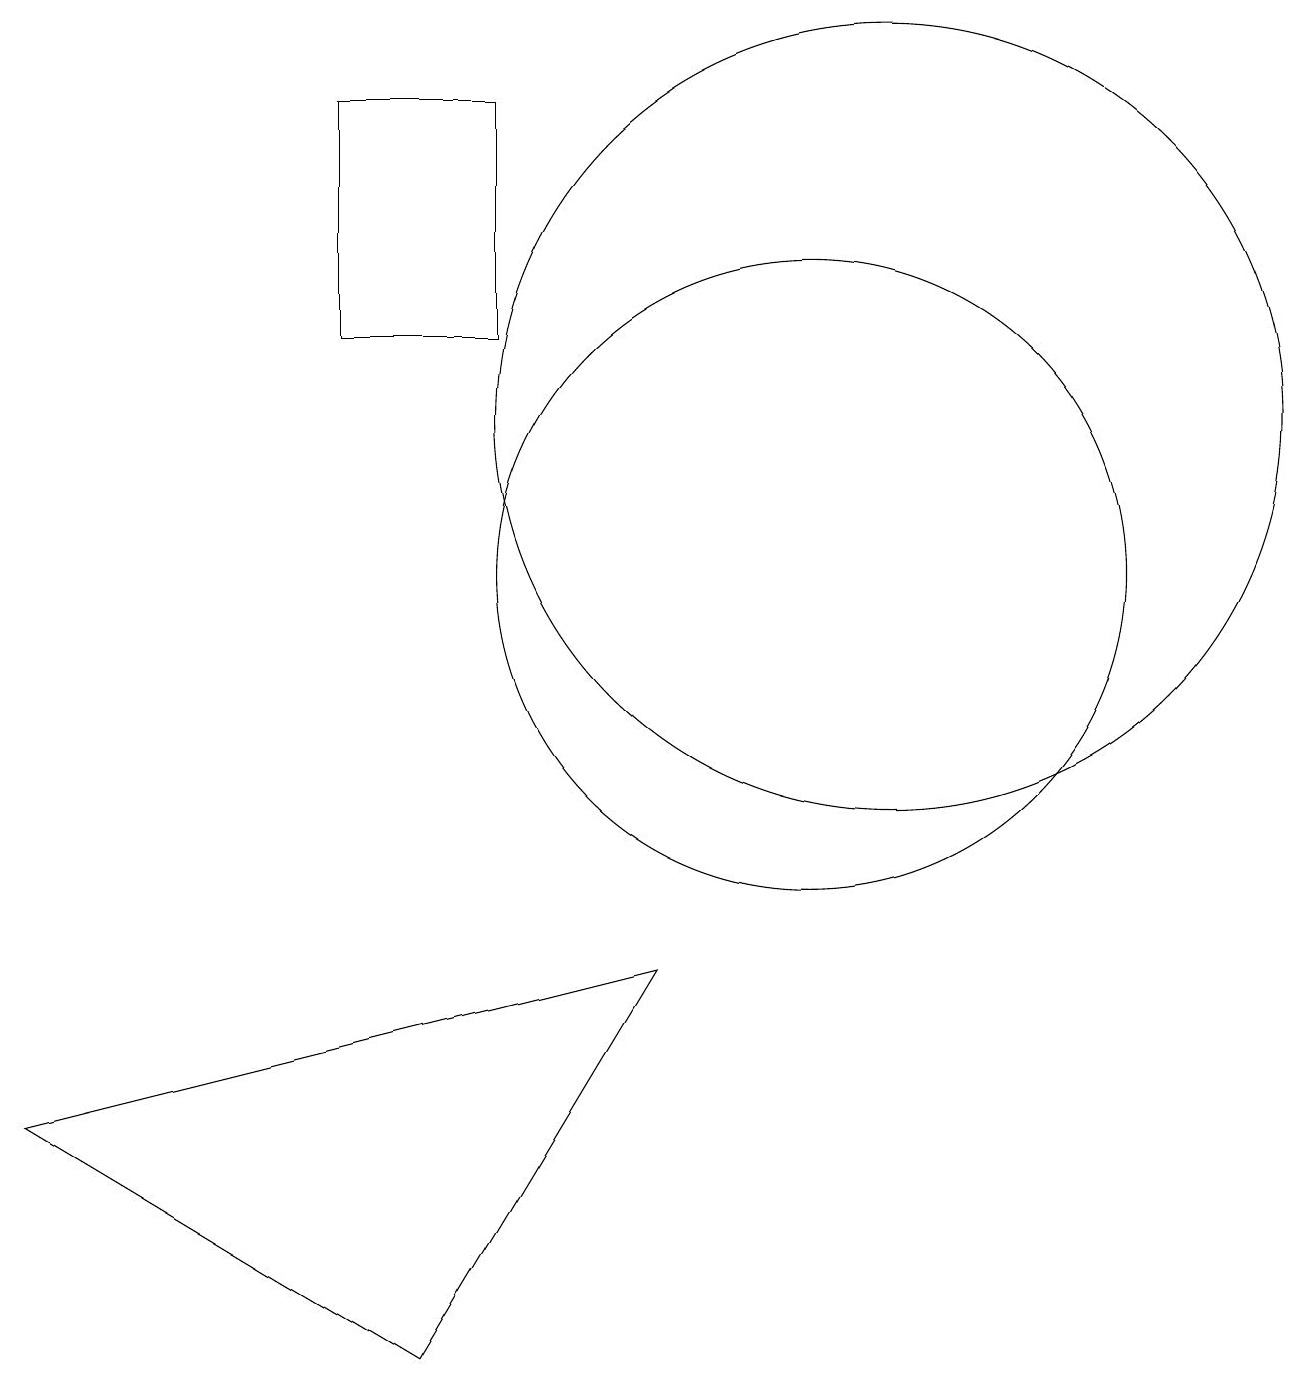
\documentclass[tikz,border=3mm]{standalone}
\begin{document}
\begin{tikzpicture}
\draw (10,10) circle (4);
\draw (4,16) rectangle (6,13);
\draw (11,12) circle (5);
\draw (0,3) -- (8,5) -- (5,0) -- cycle;
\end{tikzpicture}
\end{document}